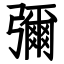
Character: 彌